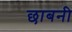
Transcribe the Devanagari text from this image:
छाबनी